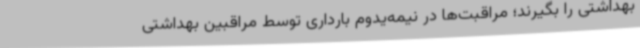
بهداشتی را بگیرند؛ مراقبت‌ها در نیمه‌یدوم بارداری توسط مراقبین بهداشتی